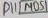
Text: D11/MOSI